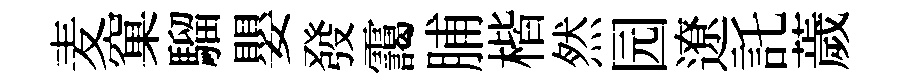
麦窠騮嬰發靄脯楷然园遼託薉